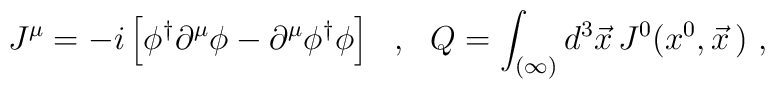
J^\mu=-i\left[\phi^\dagger\partial^\mu\phi-\partial^\mu\phi^\dagger\phi\right]\ \ ,\ \ Q=\int_{(\infty)}d^3\vec{x}\,J^0(x^0,\vec{x}\,)\ ,